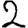
Digit: 2